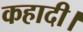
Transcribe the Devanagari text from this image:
कहादी।